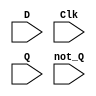
`timescale 1ns / 1ps
//////////////////////////////////////////////////////////////////////////////////
// Company: 
// Engineer: 
// 
// Design Name: 
// Module Name: D_Flip_Flop
// Project Name: 
// Target Devices: 
// Tool Versions: 
// Description: 
// 
// Dependencies: 
// 
// Revision:
// Revision 0.01 - File Created
// Additional Comments:
// 
//////////////////////////////////////////////////////////////////////////////////


module D_Flip_Flop(
    input D,
    input Clk,
    input Q,
    input not_Q
    );
endmodule